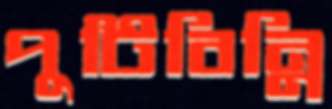
পুটিবিন্নি